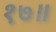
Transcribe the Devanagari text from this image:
१७॥